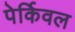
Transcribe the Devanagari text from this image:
पेर्किवल